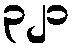
၃၂၁